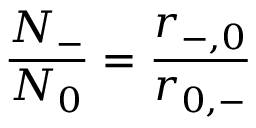
\frac { N _ { - } } { N _ { 0 } } = \frac { r _ { - , 0 } } { r _ { 0 , - } }